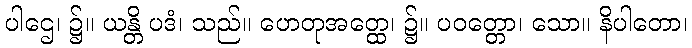
ပါဌေ၊ ၌။ ယန္တိ ပဒံ၊ သည်။ ဟေတုအတ္ထေ၊ ၌။ ပဝတ္တော၊ သော။ နိပါတော၊